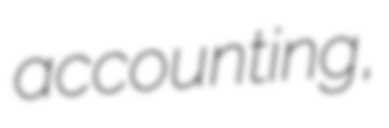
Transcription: accounting,